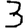
Digit: 3